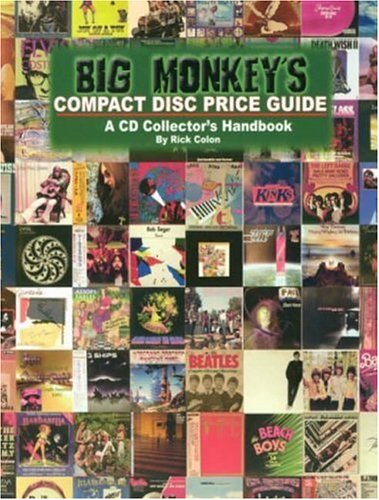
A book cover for Big Monkey's Compact Disc Price Guide: A Cd Collector's Handbook; Richard Colon; Crafts, Hobbies & Home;